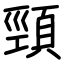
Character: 頸